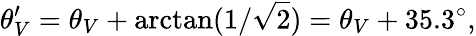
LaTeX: \theta_{V}^{\prime}=\theta_{V}+\arctan(1/\sqrt{2})=\theta_{V}+35.3^{\circ},